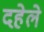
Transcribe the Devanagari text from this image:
दहेले